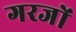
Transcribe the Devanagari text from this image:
गरजों